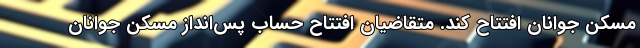
مسکن جوانان افتتاح کند. متقاضیان افتتاح حساب پس‌انداز مسکن جوانان